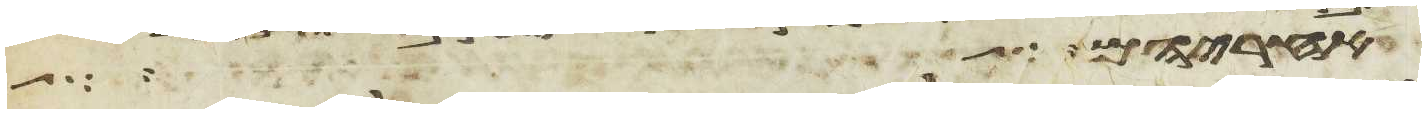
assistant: אחריהם לך